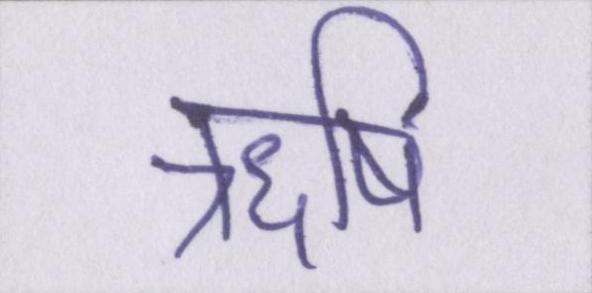
ऋषि